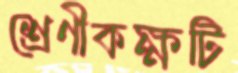
শ্রেণীকক্ষটি